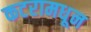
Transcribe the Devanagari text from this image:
कटरामधून